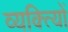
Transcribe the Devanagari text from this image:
व्यक्त्याेिं